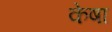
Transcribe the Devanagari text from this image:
केषा